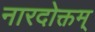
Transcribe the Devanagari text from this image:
नारदोक्तम्